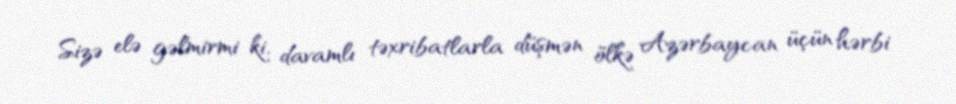
Sizə elə gəlmirmi ki, davamlı təxribatlarla düşmən ölkə Azərbaycan üçün hərbi